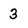
Character: 3